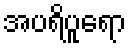
အပရိပူရော